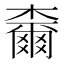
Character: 𣝧